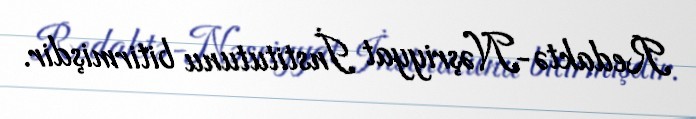
Redaktə-Nəşriyyat İnstitutunu bitirmişdir.